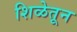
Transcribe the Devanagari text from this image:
शिळेतून